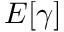
E [ \gamma ]